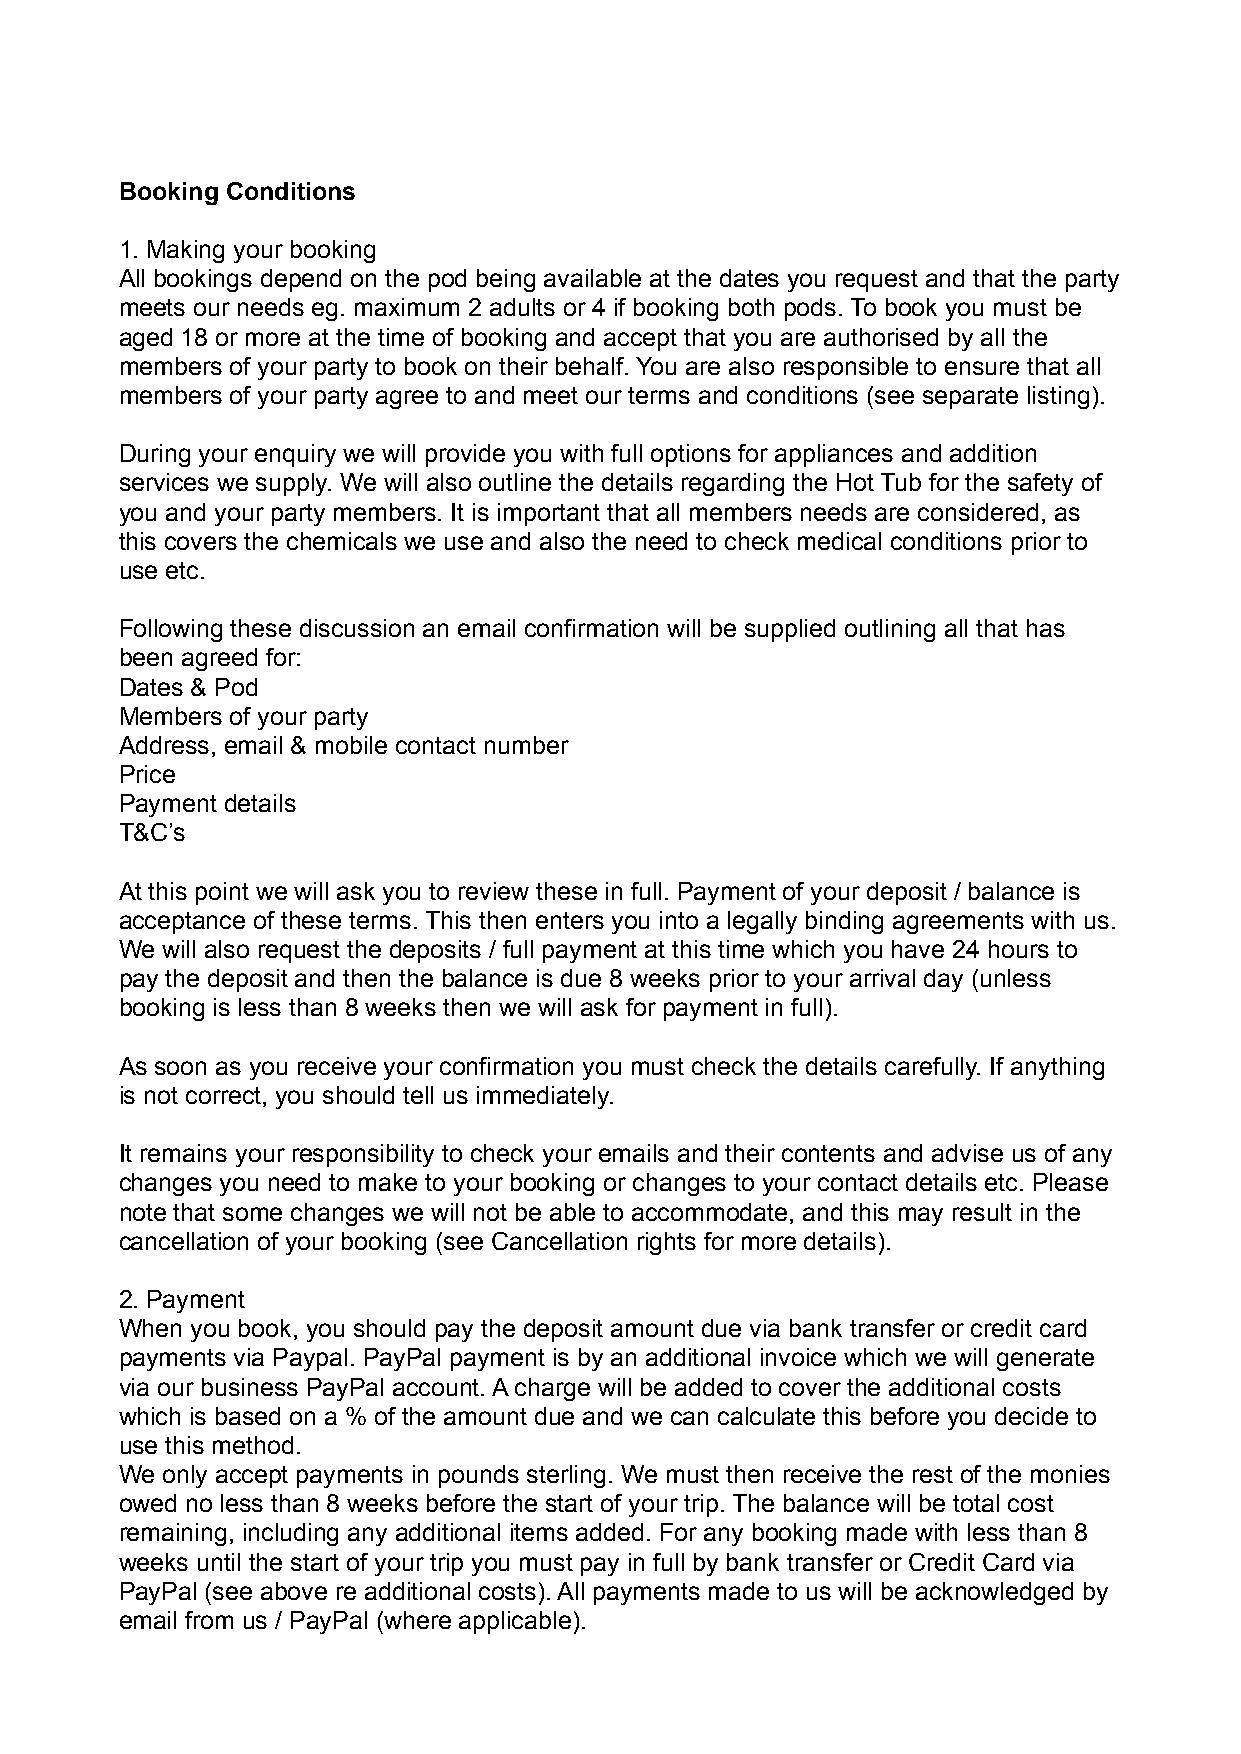
Booking Conditions
 1. Making your booking
 All bookings depend on the pod being available at the dates you request and that the party
 meets our needs eg. maximum 2 adults or 4 if booking both pods. To book you must be
 aged 18 or more at the time of booking and accept that you are authorised by all the
 members of your party to book on their behalf. You are also responsible to ensure that all
 members of your party agree to and meet our terms and conditions (see separate listing).
 During your enquiry we will provide you with full options for appliances and addition
 services we supply. We will also outline the details regarding the Hot Tub for the safety of
 you and your party members. It is important that all members needs are considered, as
 this covers the chemicals we use and also the need to check medical conditions prior to
 use etc.
 Following these discussion an email confirmation will be supplied outlining all that has
 been agreed for:
 Dates & Pod
 Members of your party
 Address, email & mobile contact number
 Price
 Payment details
 T&C’s
 At this point we will ask you to review these in full. Payment of your deposit / balance is
 acceptance of these terms. This then enters you into a legally binding agreements with us.
 We will also request the deposits / full payment at this time which you have 24 hours to
 pay the deposit and then the balance is due 8 weeks prior to your arrival day (unless
 booking is less than 8 weeks then we will ask for payment in full).
 As soon as you receive your confirmation you must check the details carefully. If anything
 is not correct, you should tell us immediately.
 It remains your responsibility to check your emails and their contents and advise us of any
 changes you need to make to your booking or changes to your contact details etc. Please
 note that some changes we will not be able to accommodate, and this may result in the
 cancellation of your booking (see Cancellation rights for more details).
 2. Payment
 When you book, you should pay the deposit amount due via bank transfer or credit card
 payments via Paypal. PayPal payment is by an additional invoice which we will generate
 via our business PayPal account. A charge will be added to cover the additional costs
 which is based on a % of the amount due and we can calculate this before you decide to
 use this method.
 We only accept payments in pounds sterling. We must then receive the rest of the monies
 owed no less than 8 weeks before the start of your trip. The balance will be total cost
 remaining, including any additional items added. For any booking made with less than 8
 weeks until the start of your trip you must pay in full by bank transfer or Credit Card via
 PayPal (see above re additional costs). All payments made to us will be acknowledged by
 email from us / PayPal (where applicable).